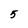
Character: 5